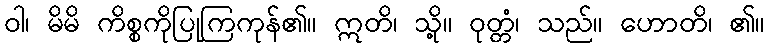
ဝါ၊ မိမိ ကိစ္စကိုပြုကြကုန်၏။ ဣတိ၊ သို့။ ဝုတ္တံ၊ သည်။ ဟောတိ၊ ၏။